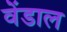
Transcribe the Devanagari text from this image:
वेंडाल